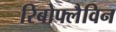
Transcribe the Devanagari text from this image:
रिबोफ्लैविन